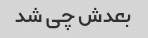
بعدش چی شد